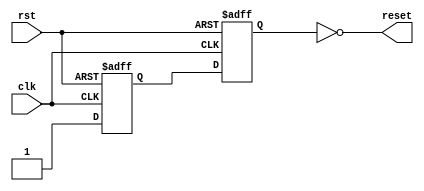
`timescale 1ns / 1ps
//****************************************************************//
//  This document contains information proprietary to the         //
//  CSULB student that created the file - any reuse without       //
//  adequate approval and documentation is prohibited             //
//                                                                //
//  Class: CECS 460												            //
//  Project name: LAB 1												         //
//                                                                //
//  Created by Harrison Fitch on 2/11/17.                         //
//  Copyright  2017 Harrison Fitch. All rights reserved.         //
//                                                                //
//  Abstract: Asynchronous In Synchronous Out Module. This module //
//  takes an asynchronous reset signal and uses two registers to  //
//  synchronize the reset with the design. Using the second flop  //
//  ensures that the signal is synchronized.                      //
//                                                                //
//  Edit history: 9/10/17 updated for 460 								//
//																						//
//                                                                //
//  In submitting this file for class work at CSULB               //
//  I am confirming that this is my work and the work             //
//  of no one else.                                               //
//                                                                //
//  In the event other code sources are utilized I will           //
//  document which portion of code and who is the author          //
//                                                                //
// In submitting this code I acknowledge that plagiarism          //
// in student project work is subject to dismissal from the class //
//****************************************************************//
module AISO(
	input clk, rst,
	output reset
    );
reg ok1, ok2;

assign reset = ~ok2;//synchronous reset

always @ (posedge clk, posedge rst)
		if (rst)
			{ok1, ok2} <= {1'b0, 1'b0};
		else
			{ok1, ok2} <= {1'b1, ok1};
			//Hard coded '1' used to make asynchronous reset
			//signal (rst)cause synchronous reset to be '1'.

endmodule